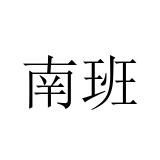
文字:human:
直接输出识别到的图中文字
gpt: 南班